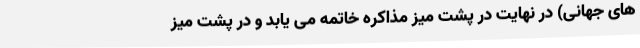
های جهانی) در نهایت در پشت میز مذاکره خاتمه می یابد و در پشت میز